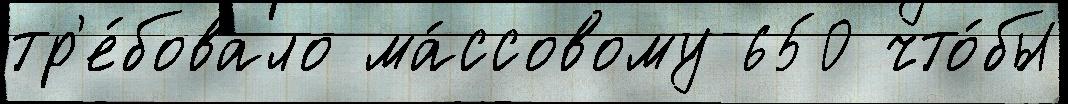
тр'е́бовало ма́ссовому 650 что́бы